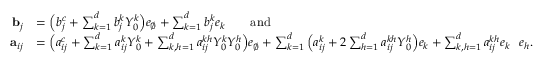
\begin{array} { r l } { { \mathbf b } _ { j } } & { = \Big ( b _ { j } ^ { c } + \sum _ { k = 1 } ^ { d } b _ { j } ^ { k } Y _ { 0 } ^ { k } \Big ) e _ { \emptyset } + \sum _ { k = 1 } ^ { d } b _ { j } ^ { k } e _ { k } \qquad \mathrm { a n d } } \\ { { \mathbf a } _ { i j } } & { = \Big ( a _ { i j } ^ { c } + \sum _ { k = 1 } ^ { d } a _ { i j } ^ { k } Y _ { 0 } ^ { k } + \sum _ { k , h = 1 } ^ { d } a _ { i j } ^ { k h } Y _ { 0 } ^ { k } Y _ { 0 } ^ { h } \Big ) e _ { \emptyset } + \sum _ { k = 1 } ^ { d } \Big ( a _ { i j } ^ { k } + 2 \sum _ { h = 1 } ^ { d } a _ { i j } ^ { k h } Y _ { 0 } ^ { h } \Big ) e _ { k } + \sum _ { k , h = 1 } ^ { d } a _ { i j } ^ { k h } e _ { k } \shuffle e _ { h } . } \end{array}